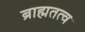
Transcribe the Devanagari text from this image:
ब्राह्मतत्व